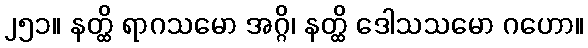
၂၅၁။ နတ္ထိ ရာဂသမော အဂ္ဂိ၊ နတ္ထိ ဒေါသသမော ဂဟော။